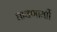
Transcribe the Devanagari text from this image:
धावणार्याी